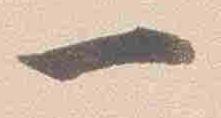
一